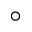
^ { \circ }